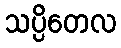
သပ္ပိတေလ